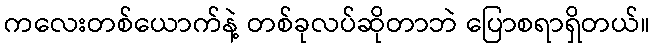
ကလေးတစ်ယောက်နဲ့ တစ်ခုလပ်ဆိုတာဘဲ ပြောစရာရှိတယ်။